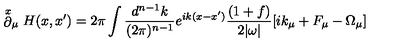
\stackrel { x } { \partial } _ { \mu } H ( x , x ^ { \prime } ) = 2 \pi \int \frac { d ^ { n - 1 } k } { ( 2 \pi ) ^ { n - 1 } } e ^ { i k ( x - x ^ { \prime } ) } \frac { ( 1 + f ) } { 2 | \omega | } \lbrack i k _ { \mu } + F _ { \mu } - \Omega _ { \mu } \rbrack